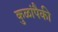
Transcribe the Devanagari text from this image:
कुळांपैकी